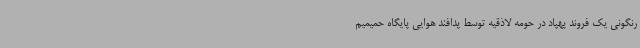
رنگونی یک فروند پهپاد در حومه لاذقیه توسط پدافند هوایی پایگاه حمیمیم